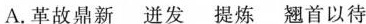
A.革故鼎新 迸发 提炼 翘首以待